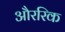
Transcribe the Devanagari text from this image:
औररिक